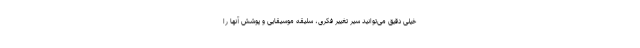
خیلی دقیق می‌توانید سیر تغییر فکری، سلیقه موسیقایی و پوشش آنها را